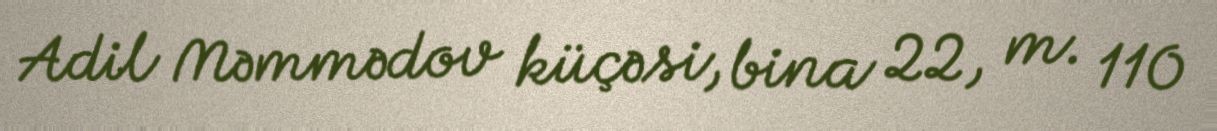
Adil Məmmədov küçəsi, bina 22, m. 110